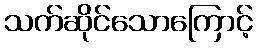
သက်ဆိုင်သောကြောင့်